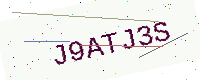
Text: J9ATJ3S